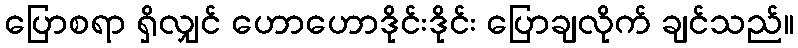
ပြောစရာ ရှိလျှင် ဟောဟောဒိုင်းဒိုင်း ပြောချလိုက် ချင်သည်။